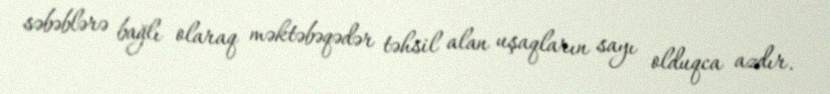
səbəblərə bağlı olaraq məktəbəqədər təhsil alan uşaqların sayı olduqca azdır.